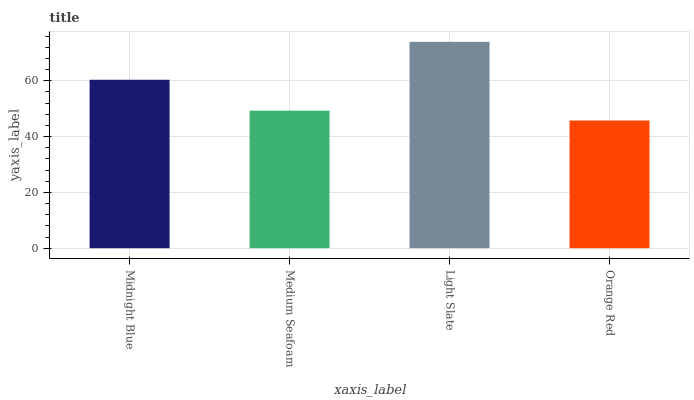
| xaxis_label | bars |
 | --- | --- |
 | Midnight Blue | 60.3 |
 | Medium Seafoam | 49.3 |
 | Light Slate | 73.9 |
 | Orange Red | 45.7 |